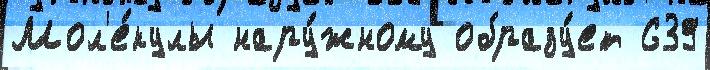
Мол'е́кулы нару́жному образу́ет 639